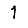
Digit: 1